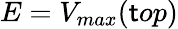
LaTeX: E=V_{max}(\mathsf{t}op)